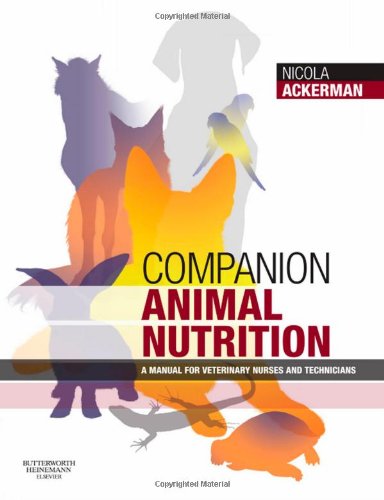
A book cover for Companion Animal Nutrition: A Manual for Veterinary Nurses and Technicians, 1e; Nicola Ackerman BSc(Hons) RVN CertSAN AI MBVNA; Medical Books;